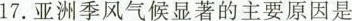
17.亚洲季风气候显著的主要原因是